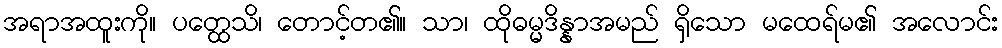
အရာအထူးကို။ ပတ္ထေသိ၊ တောင့်တ၏။ သာ၊ ထိုဓမ္မဒိန္နာအမည် ရှိသော မထေရ်မ၏ အလောင်း